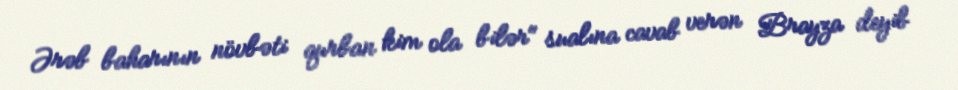
Ərəb baharının növbəti qurban kim ola bilər" sualına cavab verən Brayza deyib